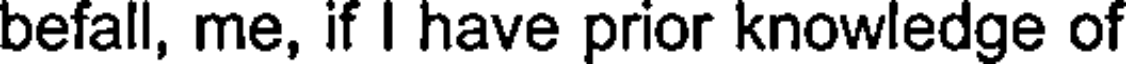
befall, me, if I have prior knowledge of